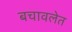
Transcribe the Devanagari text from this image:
बचावलेत